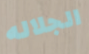
الجلاله